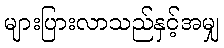
များပြားလာသည်နှင့်အမျှ